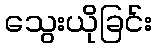
သွေးယိုခြင်း